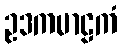
ဥဒကမာဠကံ